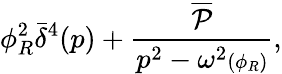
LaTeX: \phi_{R}^{2}\bar{\delta}^{4}(p)+{\frac{\overline{{{{\cal P}}}}}{p^{2}-\omega^{2}{\scriptstyle(\phi_{R})}}},